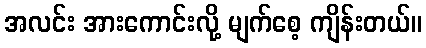
အလင်း အားကောင်းလို့ မျက်စေ့ ကျိန်းတယ်။